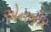
એનકોર